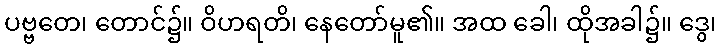
ပဗ္ဗတေ၊ တောင်၌။ ဝိဟရတိ၊ နေတော်မူ၏။ အထ ခေါ၊ ထိုအခါ၌။ ဒွေ၊